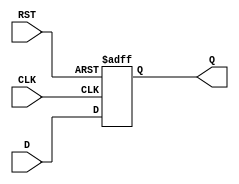
module DataRegister (
    input wire [WIDTH-1:0] D,    // Data input
    input wire CLK,               // Clock signal
    input wire RST,               // Asynchronous reset
    output reg [WIDTH-1:0] Q      // Data output
);
    parameter WIDTH = 8;          // Default width of the register

    // Asynchronous Reset Logic
    always @ (posedge CLK or posedge RST) begin
        if (RST) begin
            Q <= {WIDTH{1'b0}};    // Clear the register to zero
        end else begin
            Q <= D;                // Capture the data at clock edge
        end
    end

endmodule